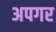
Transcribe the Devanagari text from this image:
अपगर